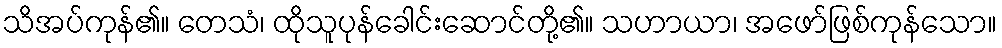
သိအပ်ကုန်၏။ တေသံ၊ ထိုသူပုန်ခေါင်းဆောင်တို့၏။ သဟာယာ၊ အဖော်ဖြစ်ကုန်သော။